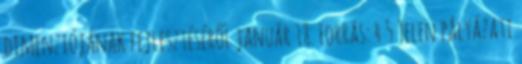
dimenziójának fejlesztéséről január 18. Forrás: 4 5 Jelen pályázati